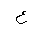
Letter: _ayn